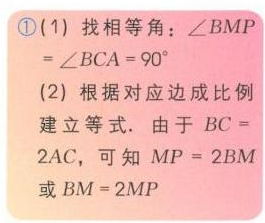
\textcircled{1}(1) 找相等角：\(\angle BMP=\angle BCA = 90^{\circ}\)
(2) 根据对应边成比例建立等式. 由于 \(BC = 2AC\)，可知 \(MP = 2BM\)或\(BM = 2MP\)